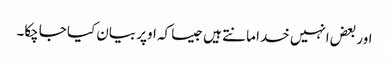
اور بعض انہیں خدا مانتے ہیں جیسا کہ اوپر بیان کیا جاچکا۔